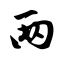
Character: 两